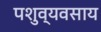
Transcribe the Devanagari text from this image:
पशुव्यवसाय